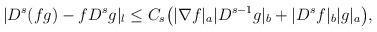
LaTeX: \begin{align*}&|D^s(fg)-f D^s g|_l\leq C_s\big(|\nabla f|_a |D^{s-1}g|_b+|D^s f|_b|g|_a\big),\end{align*}